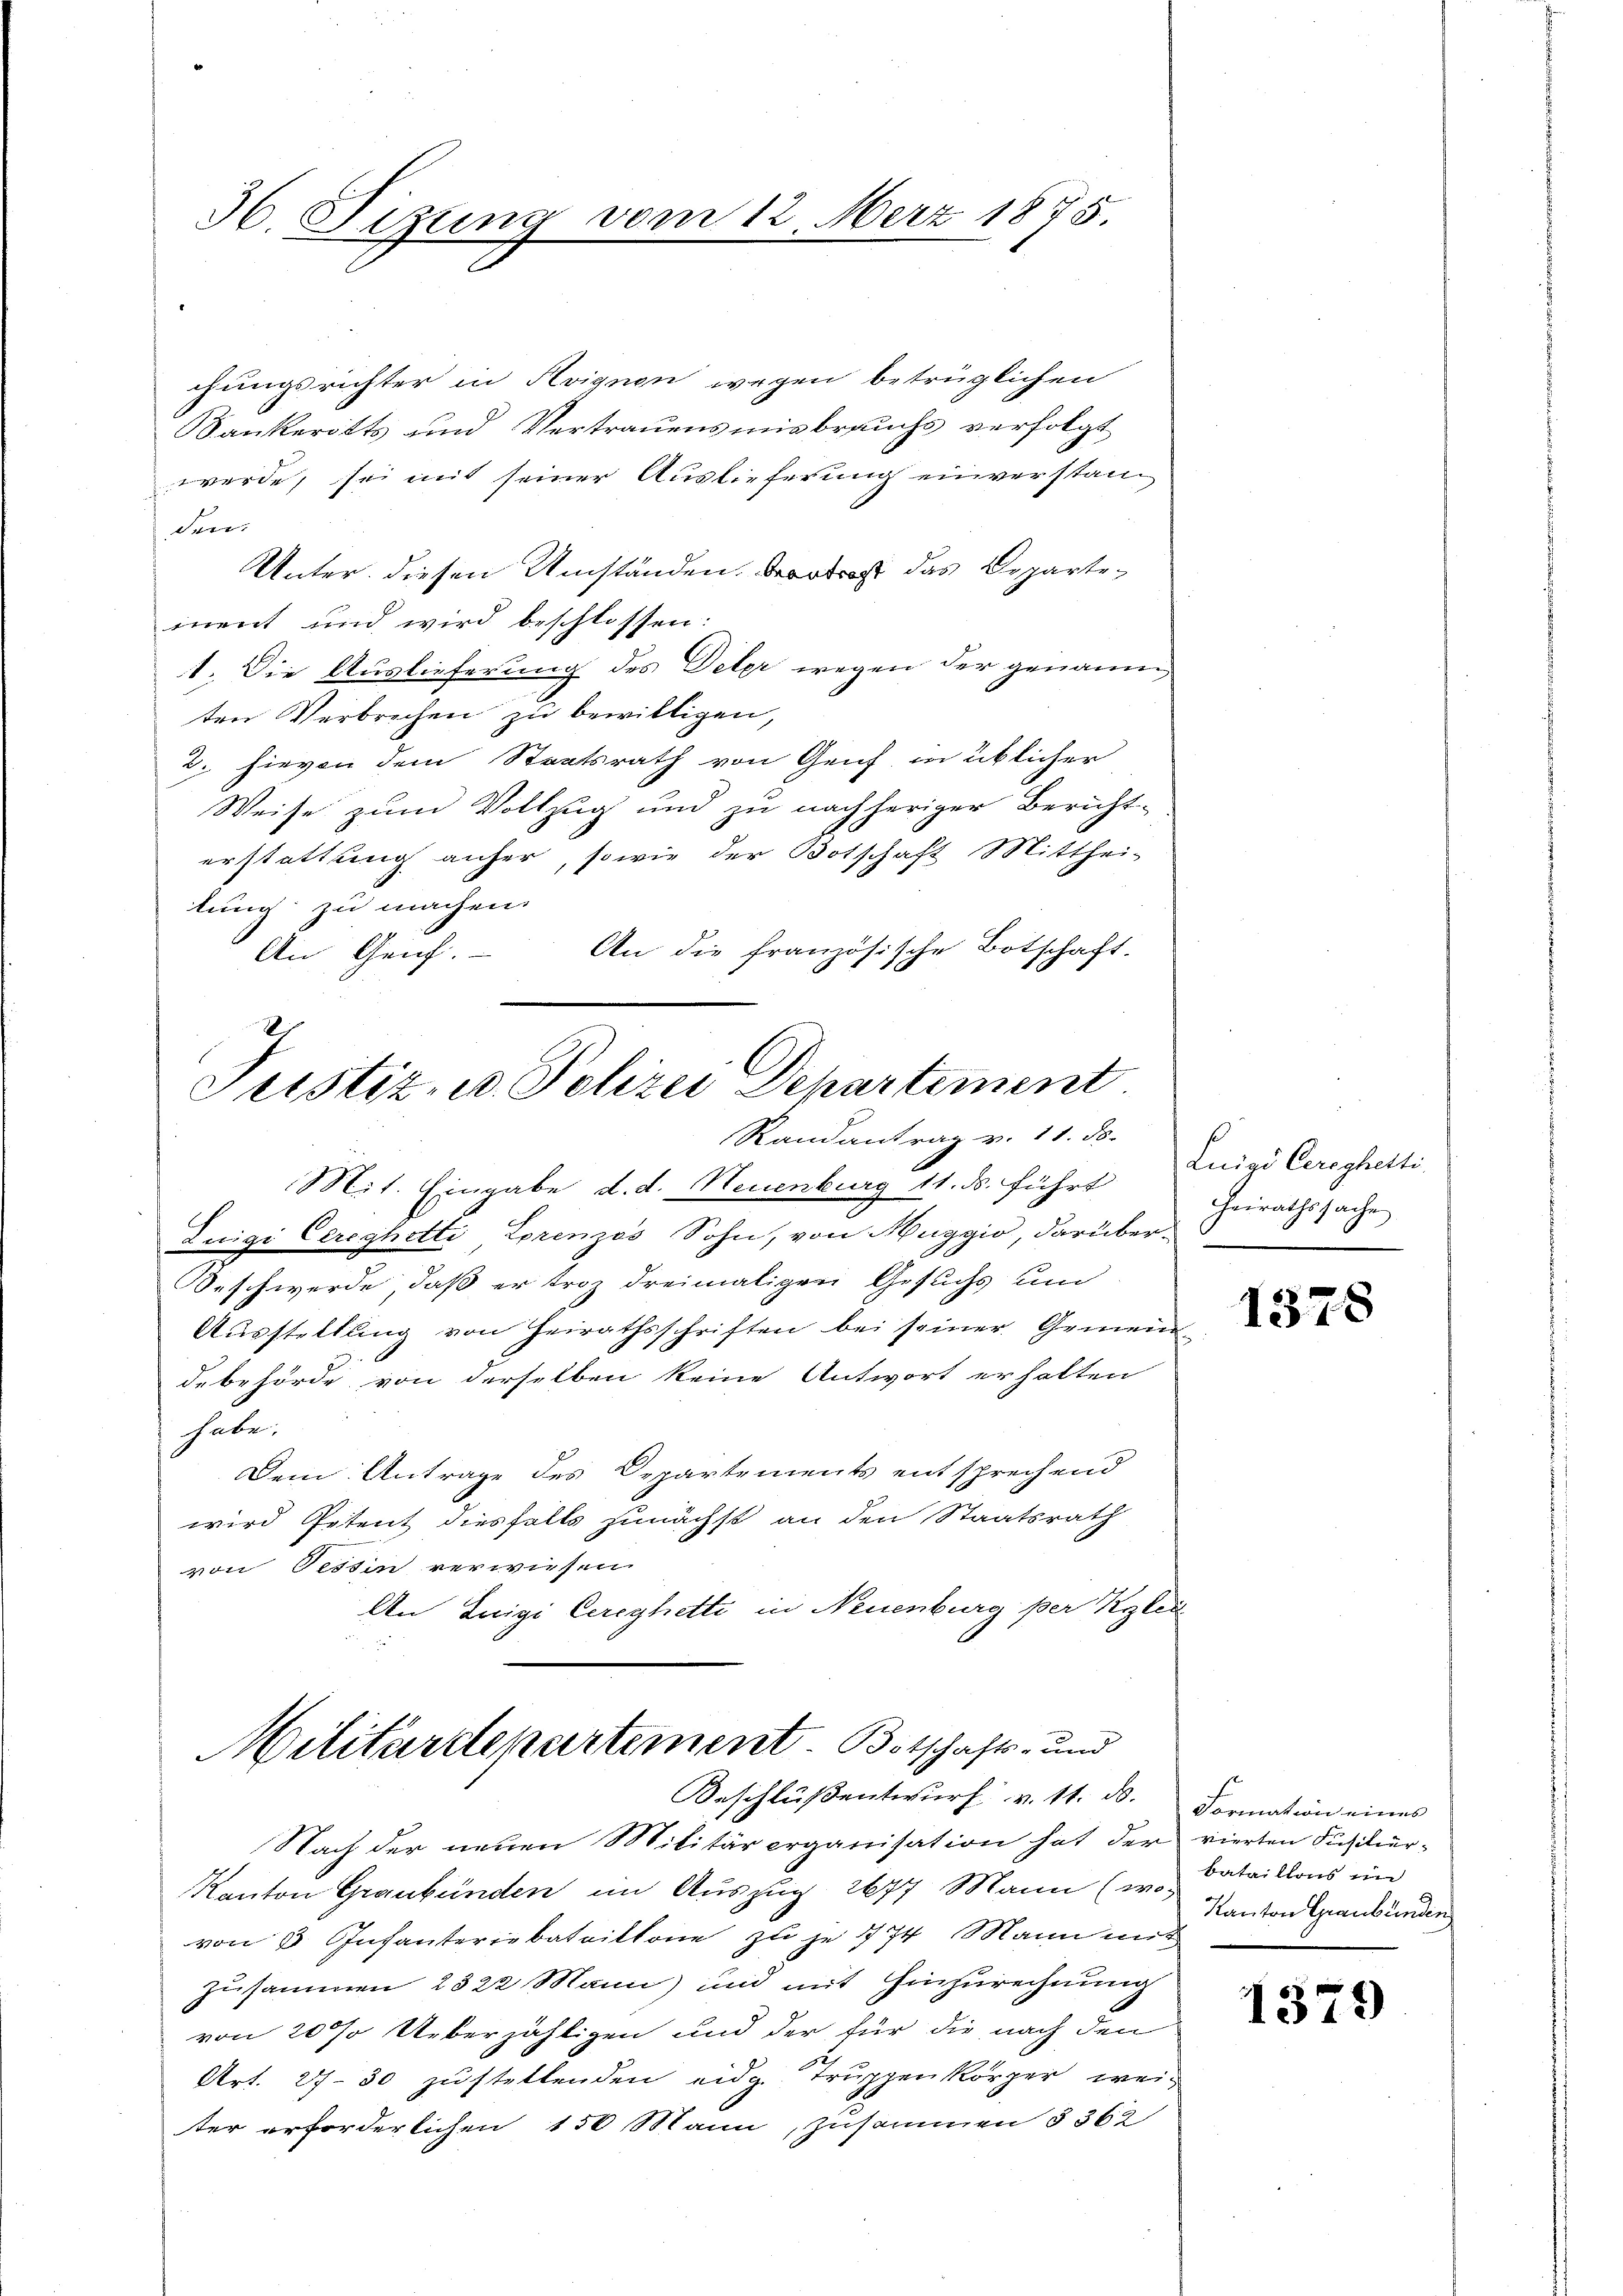
36. Sitzung vom 12. März 1875.

chungsrichter in Koignon wegen betrüglichen
Bankeritts und Vertrauensmisbrauchs verfolgt
werde, sei mit seiner Auslieferung einverstanden.
Unter diesen Umständen.  das Departemnent und wird beschlossen:
1. Die Auslieferung des Peter wegen der genann
ten Verbrechen zu bewilligen,
2. hievon dem Staatsrath von Genf in üblicher
Weise zum Vollzug und zu nachheriger Bericht-
erstattung anher, sowie der Botschaft Mitthei-
lung zu machen.
An die französische Botschaft.
An Geif.

Justiz- u. Polizei Departement
Randantrag v. 11. ds.

Militärdepartement. Botschafts- und

Mit. Eingabe d. d. Neuenburg 11. ds. führt
Zuigi Cereghetti Lorenzes Sohn, von Muggio, darüber¬
Beschwerde, daß er troz dreimaligen Gesuchs und
Aŭsstellŭng von Heirathsschriften bei seiner Gemein-
debehörde von derselben keine Antwort erhalten
habe.
Dem Antrage des Departements entsprechend
wird Petent diesfalls zunächst an den Staatsrath
von Tessin verwiesen.
An Luigi Cereyhetti in Neuenburg per Klei

Beschlußentwurf v. 11. d. Formation eines
Nach der neuen Militärorganisation hat der
Kanton Graubünden im Auszug 2677 Mann (v. Bataillons im
von 3 Infanteriebatrittone zu je 1 74 Mann mit
zusammen 2822 Mann) und mit Hinzurechnung
von 20% Ueberzähligen und der für die nach den
12
Art. 27-30 zustellenden eidg. Truppen körper weiter erforderlichen 150 Mann, zusammen § 362

Luigi Cerechetti
Heirathssache

1378

vierten Fusitier-
Kanton Graubünden

1379